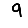
Digit: 9